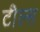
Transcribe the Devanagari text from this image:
टील्स